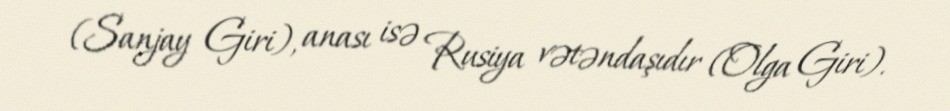
(Sanjay Giri), anası isə Rusiya vətəndaşıdır (Olga Giri).